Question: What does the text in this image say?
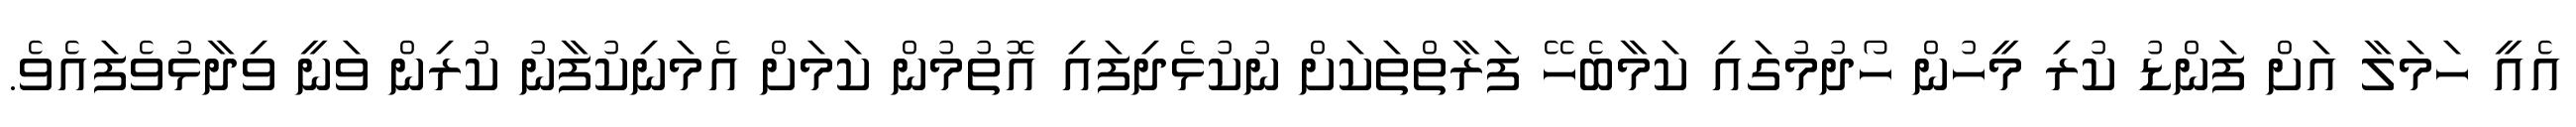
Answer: އެއީ ހަމަލާ އަށް ފަންޑު ކުރި މީހުން ހޯދުމުގައި ކަމާބެހޭ ފަރާތްތަކަށް ނުކުޅެދިފައި އޮތުމުން ކަމަށް އެމަނިކުފާނު ކުރިން ވަނީ ވިދާޅުވެފައެވެ.